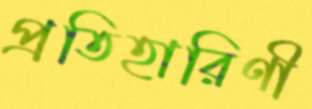
প্রতিহারিণী